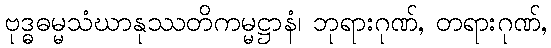
ဗုဒ္ဓဓမ္မသံဃာနုဿတိကမ္မဋ္ဌာနံ၊ ဘုရားဂုဏ်, တရားဂုဏ်,